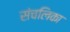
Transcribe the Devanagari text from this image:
संचलिका